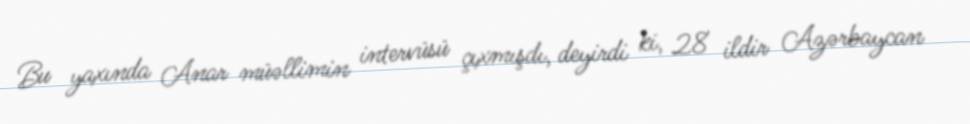
Bu yaxında Anar müəllimin intervüsü çıxmışdı, deyirdi ki, 28 ildir Azərbaycan